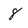
Character: 8